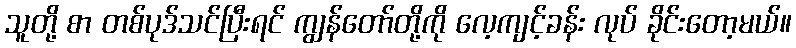
သူတို့ စာ တစ်ပုဒ်သင်ပြီးရင် ကျွန်တော်တို့ကို လေ့ကျင့်ခန်း လုပ် ခိုင်းတော့မယ်။